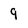
Character: 9